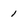
Character: 1